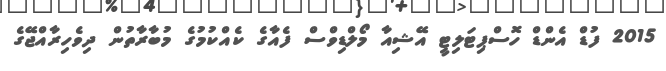
2015 ފުޑް އެންޑް ހޮސްޕިޓަލިޓީ އޭޝިއާ މޯލްޑިވްސް ފެއާގެ ކެއްކުމުގެ މުބާރާތުން ދިވެހިރާއްޖޭގެ